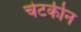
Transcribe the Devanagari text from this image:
चेटकीन